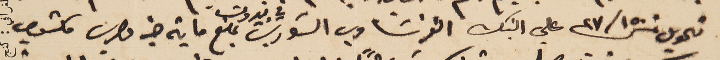
تحويل ٢٧/١٥٠ فرنك علي البنك الفرنسَاوي السَوري في بيروت مبلغ ماية جنيه مصري مكتوب